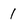
Character: 1